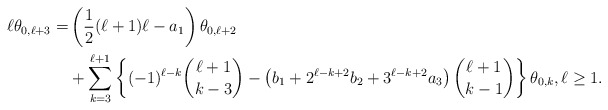
\begin{align*}\begin{aligned}\ell\theta_{0,\ell+3}=&\left(\frac{1}{2}(\ell+1)\ell-a_1\right)\theta_{0,\ell+2}\\&+\sum\limits^{\ell+1}_{k=3}\left\{(-1)^{\ell-k}\binom{\ell+1}{k-3}-\left(b_1+2^{\ell-k+2}b_2+3^{\ell-k+2}a_3\right)\binom{\ell+1}{k-1}\right\}\theta_{0,k},\ell\geq1.\end{aligned}\end{align*}